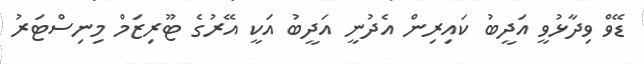
ޑޭވް ވިދާޅުވީ އަދީބު ކައިރިން އެދުނީ އަދީބު އަކީ އޭރުގެ ޓޫރިޒަމް މިނިސްޓަރު